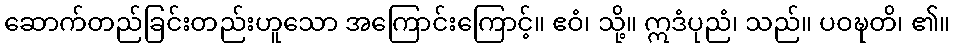
ဆောက်တည်ခြင်းတည်းဟူသော အကြောင်းကြောင့်။ ဧဝံ၊ သို့။ ဣဒံပုညံ၊ သည်။ ပဝဍ္ဎတိ၊ ၏။